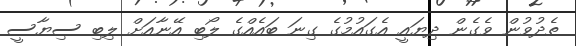
ތެދުވުން ވެގެން ދިޔައީ އެގައުމުގެ ގިނަ ބައެއްގެ ލޯބި އޭނާއަށް ލިބި ސިޔާސީ